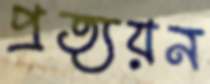
প্রত্যয়ন